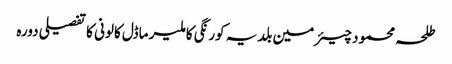
طلحہ محمود	 چیئرمین بلدیہ کورنگی کا ملیر ماڈل کالونی کا تفصیلی دورہ